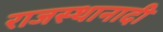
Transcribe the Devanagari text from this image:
राजस्थानादी